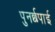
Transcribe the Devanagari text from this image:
पुनर्छपाई